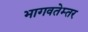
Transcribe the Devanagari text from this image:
भागवतेम्तर